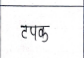
मजकूर: टपक